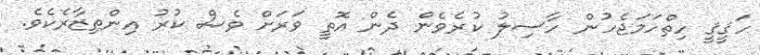
ހަޤީޤީ ހިތްހަމަޖެހުން ހާސިލު ކުރެވެން ދެން އޮތީ ވަރަށް ވެސް ކުރު އިންތިޒާރެކެވެ.